Scottish Certificate of Education, 1963
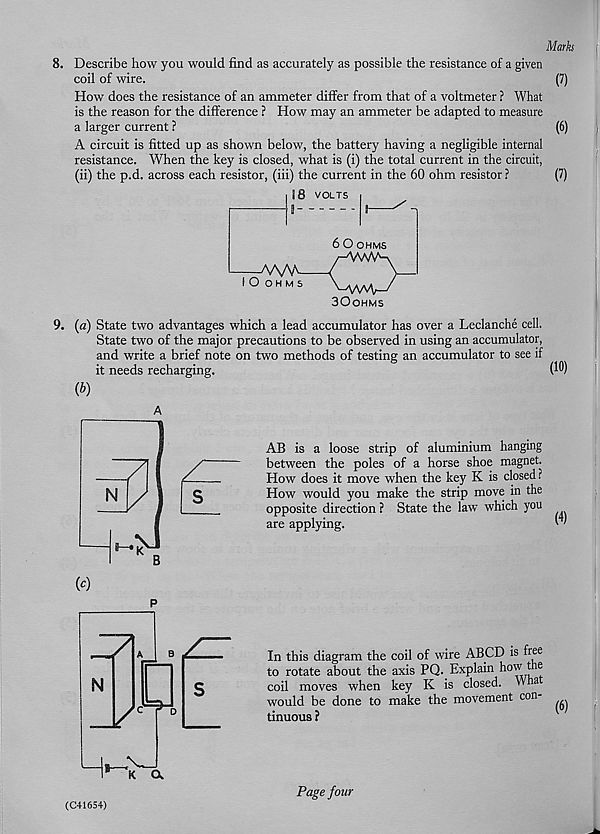
Mark
8. Describe how you would find as accurately as possible the resistance of a given
coil of wire.
(7)
How does the resistance of an ammeter differ from that of a voltmeter ? What
is the reason for the difference ? How may an ammeter be adapted to measure
a larger current ?
(6)
A circuit is fitted up as shown below, the battery having a negligible internal
resistance. When the key is closed, what is (i) the total current in the circuit,
(ii) the p.d. across each resistor, (iii) the current in the 60 ohm resistor ?
(7)
9. (a) State two advantages which a lead accumulator has over a Leclanche cell.
State two of the major precautions to be observed in using an accumulator,
and write a brief note on two methods of testing an accumulator to see if
it needs recharging.
(1®)
(b)
AB is a loose strip of aluminium hanging
between the poles of a horse shoe magnet.
How does it move when the key K is closed ?
How would you make the strip move in the
opposite direction ? State the law which you
are applying.
In this diagram the coil of wire ABCD is free
to rotate about the axis PQ. Explain how the
coil moves when key K is closed. Wha
would be done to make the movement con-
tinuous ?
(C+1654)
Page four